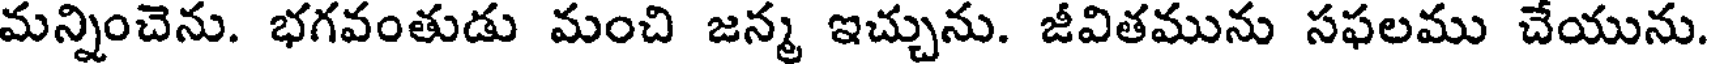
మన్నించెను. భగవంతుడు మంచి జన్మ ఇచ్చును. జీవితమును సఫలము చేయును.